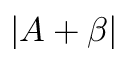
\left| A + \beta \right|